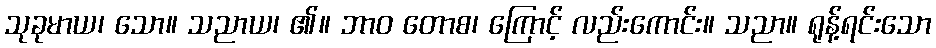
သုခုမာယ၊ သော။ သညာယ၊ ၏။ ဘာဝ တောစ၊ ကြောင့် လည်းကောင်း။ သညာ။ ရုန့်ရင်းသော